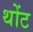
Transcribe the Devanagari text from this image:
थोंट